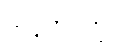
သင့်ဘဝတွင်